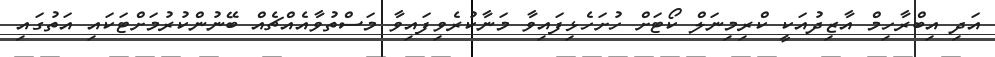
އަދި އިބްރާހިމް އާޒިދުއަކީ ކްރިމިނަލް ކޯޓަށް ހުށަހެޅިފައިވާ މަނާކުރެވިފައިވާ މަސްތުވާއެއްޗެއް ބޭނުންކުރުމަށްޓަކައި އަތުގައި